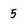
Character: 5